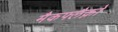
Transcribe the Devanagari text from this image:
मैकफ्लैक्नो